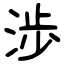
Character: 渉